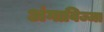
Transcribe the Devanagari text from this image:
अंगाविज्जा